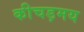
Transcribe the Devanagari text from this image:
कीचड़मय